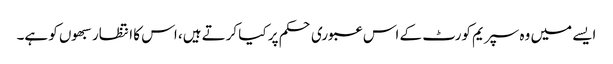
ایسے میں وہ سپریم کورٹ کے اس عبوری حکم پر کیا کرتے ہیں، اس کا انتظار سبھوں کو ہے۔